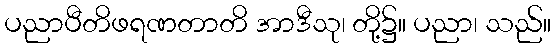
ပညာပီတိဖရဏတာတိ အာဒီသု၊ တို့၌။ ပညာ၊ သည်။